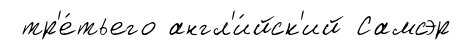
тр'е́тьего англ'и́йск'ий Самсэр